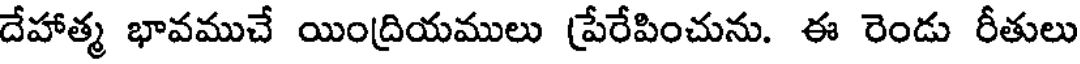
దేహాత్మ భావముచే యింద్రియములు ప్రేరేపించును. ఈ రెండు రీతులు